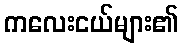
ကလေးငယ်များ၏